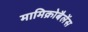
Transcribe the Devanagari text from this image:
मामिक्रोबैलेंस